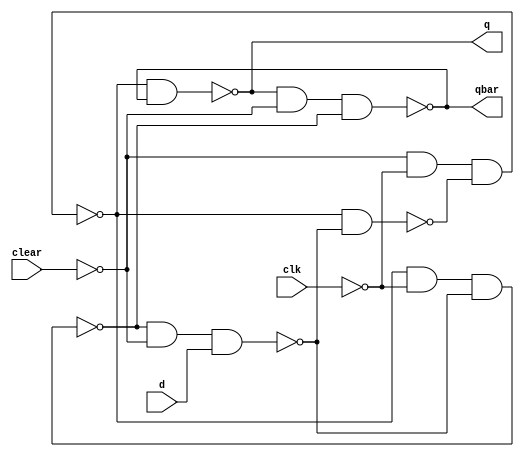
module d_ff(q, qbar, d, clk, clear);
    input clear, clk, d;
    output q, qbar;
    wire cbar, r, rbar, s, sbar;

    not(cbar, clear);
    nand(sbar, s, rbar);
    nand(s, cbar, ~clk, sbar);
    nand(r, s, ~clk, rbar);
    nand(rbar, r, cbar, d);
    nand(q, s, qbar);
    nand(qbar, q, cbar, r);

endmodule